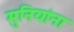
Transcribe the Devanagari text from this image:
मुनियांना